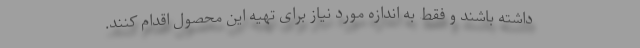
داشته باشند و فقط به اندازه مورد نیاز برای تهیه این محصول اقدام کنند.